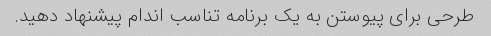
طرحی برای پیوستن به یک برنامه تناسب اندام پیشنهاد دهید.